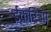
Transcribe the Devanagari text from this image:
ईकरिआ